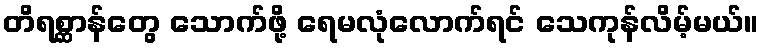
တိရစ္ဆာန်တွေ သောက်ဖို့ ရေမလုံလောက်ရင် သေကုန်လိမ့်မယ်။